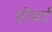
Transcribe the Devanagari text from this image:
सीबर्ट